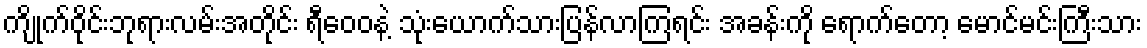
ကျိုက်ဝိုင်းဘုရားလမ်းအတိုင်း ရီဝေဝနဲ့ သုံးယောက်သားပြန်လာကြရင်း အခန်းကို ရောက်တော့ မောင်မင်းကြီးသား